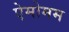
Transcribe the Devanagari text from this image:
ऐमोमम